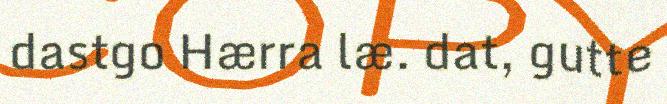
dastgo Hærra læ. dat, gutte